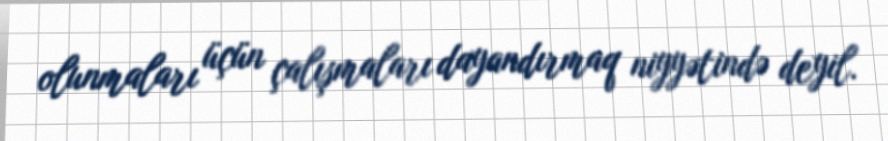
olunmaları üçün çalışmaları dayandırmaq niyyətində deyil.